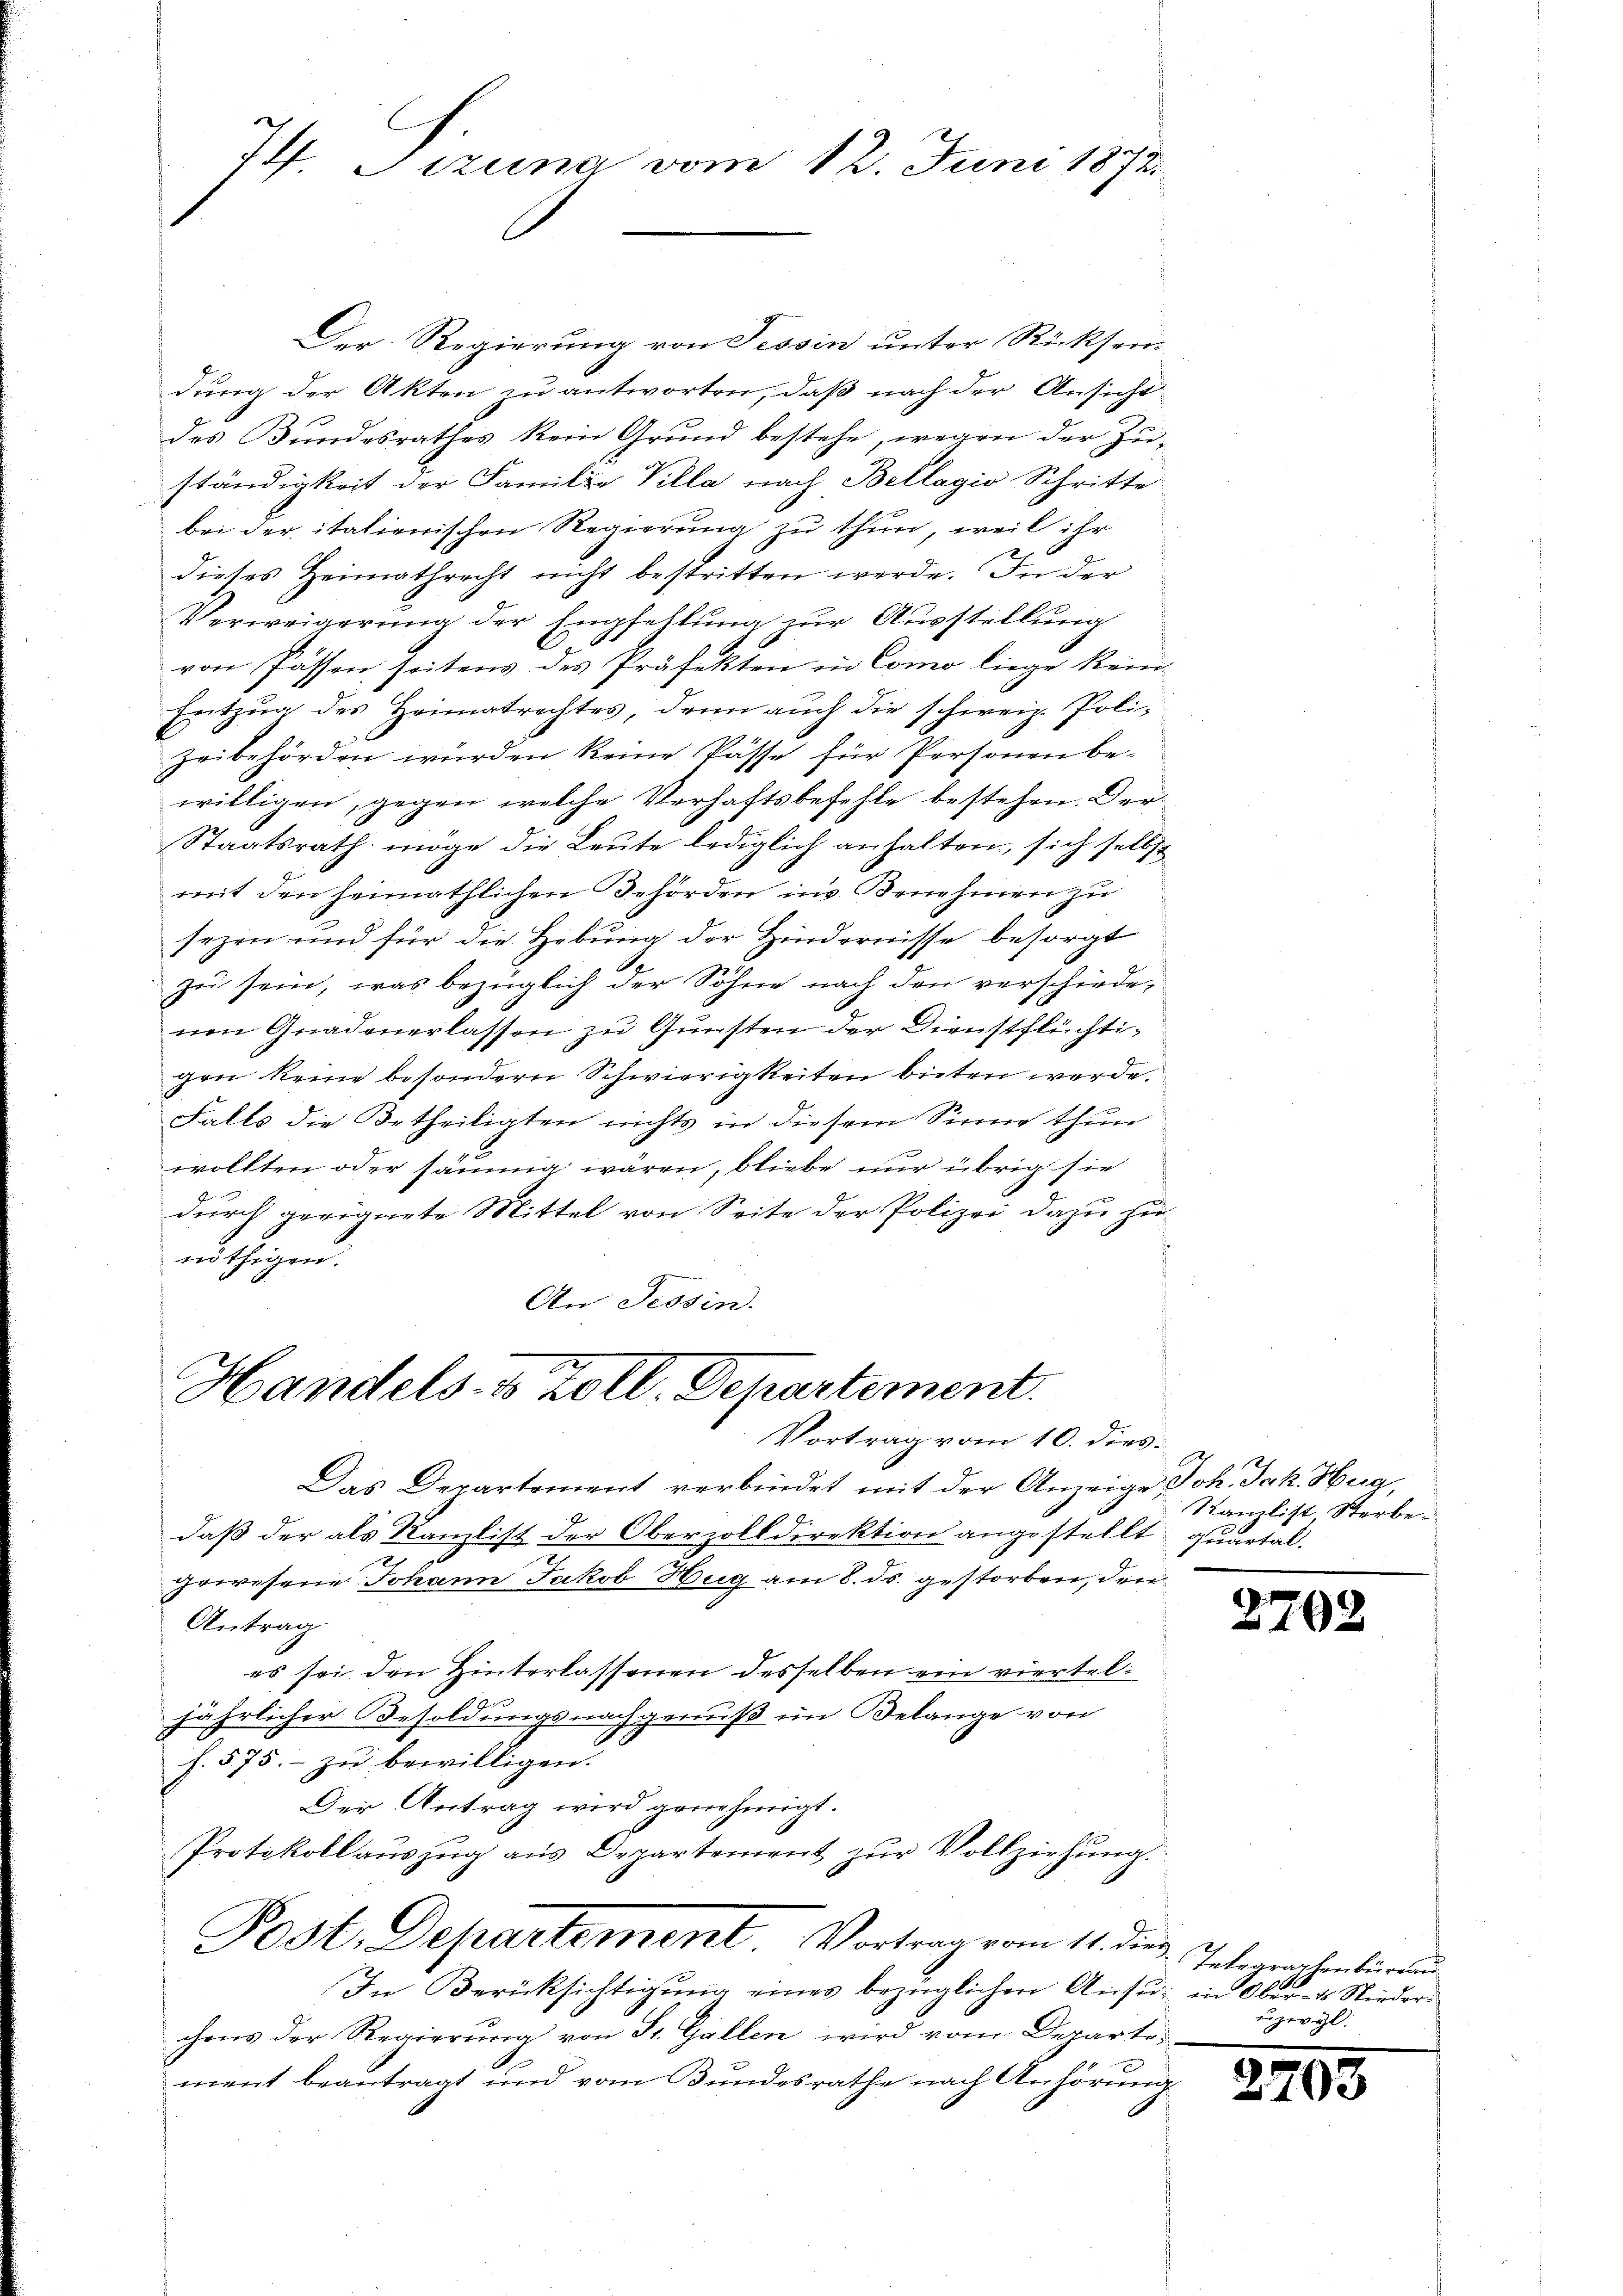
J Sizung vom 12. Juni 1872.

Der Regierung von Tessin unter Rücksen
dung der Akten zu antworten, daß nach der Ansicht
des Bundesrathes kein Grund bestehe, wegen der Zuständigkeit der Familie Villa nach Bellagio Schritte
bei der italienischen Regierung zu thun, weil ihr
dieses Heimathrecht nicht bestritten werde. In der
Verweigerung der Empfellung zur Ausstellung
von Passen seitens des Präfekten in Como liege kein
Entzug des Heimatrechtes, dann auch die schweiz. Poli-
zeibehörden würden keine Pässe für Personen be-
willigen, gegen welche Verhaftsbefehle bestehen. Der¬
Staatsrath möge die Leute lediglich anhalten, sich selbst
mit den heimathlichen Behörden ins Benehmen zu
sezen und für die Hebung der Hindernisse besorgt
zu sein, was bezüglich der Söhne nach den verschiede,
nen Gnadenerlassen zu Gunsten der Dienstflüchtigen keine besondern Schwierigkeiten bieten werde.
Falls die Betheiligten nichts in diesem Sinne thun
wollten oder säumig wären, bliebe nur übrig sie
durch geeignete Mittel von Seite der Polizei dazu zu
nöthigen.
An Tessin.

Handels- & Zoll. Departement.
Vortrag vom 10. dies

Das Departement verbindet mit der Anzeige Joh. Jak. Hug,
daß der als Kanzlist der Oberzolldirektion angestellt, quartal¬
Irwesene Johann Jakob Hug am 8. ds. gestorben, den
Antrag
es sei den Hinterlassenen desselben ein viertel¬
2
jährlicher Besoldungsnachgenuß im Belange von
f. 575. - zu bewilligen.
Der Antrag wird genehmigt.
Protokoll aŭszŭg aŭs Departement zŭr Vollziehŭng.
Post. Departement, Vortrag vom 11. dies
In Berücksichtigŭng eines bezüglichen Ansu in Ober- & Nieder
chens der Regierung von Sr. Gallen wird vom Departement beantragt und vom Bundesrathe nach Anhörung

Kanzlist Sterbe¬

2702

Telegraphenbüreau
uzevgl.

2405